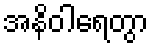
အနိဝါရေတွာ